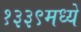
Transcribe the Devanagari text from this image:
१३३९मध्ये